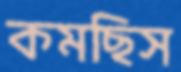
কমছিস